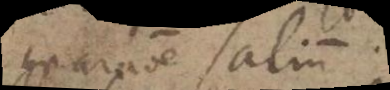
comparatione salium.